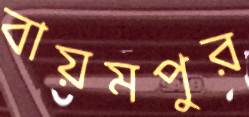
বায়মপুর